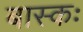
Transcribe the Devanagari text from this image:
बास्कः